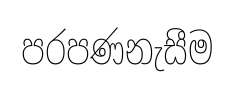
පරපණනැසීම